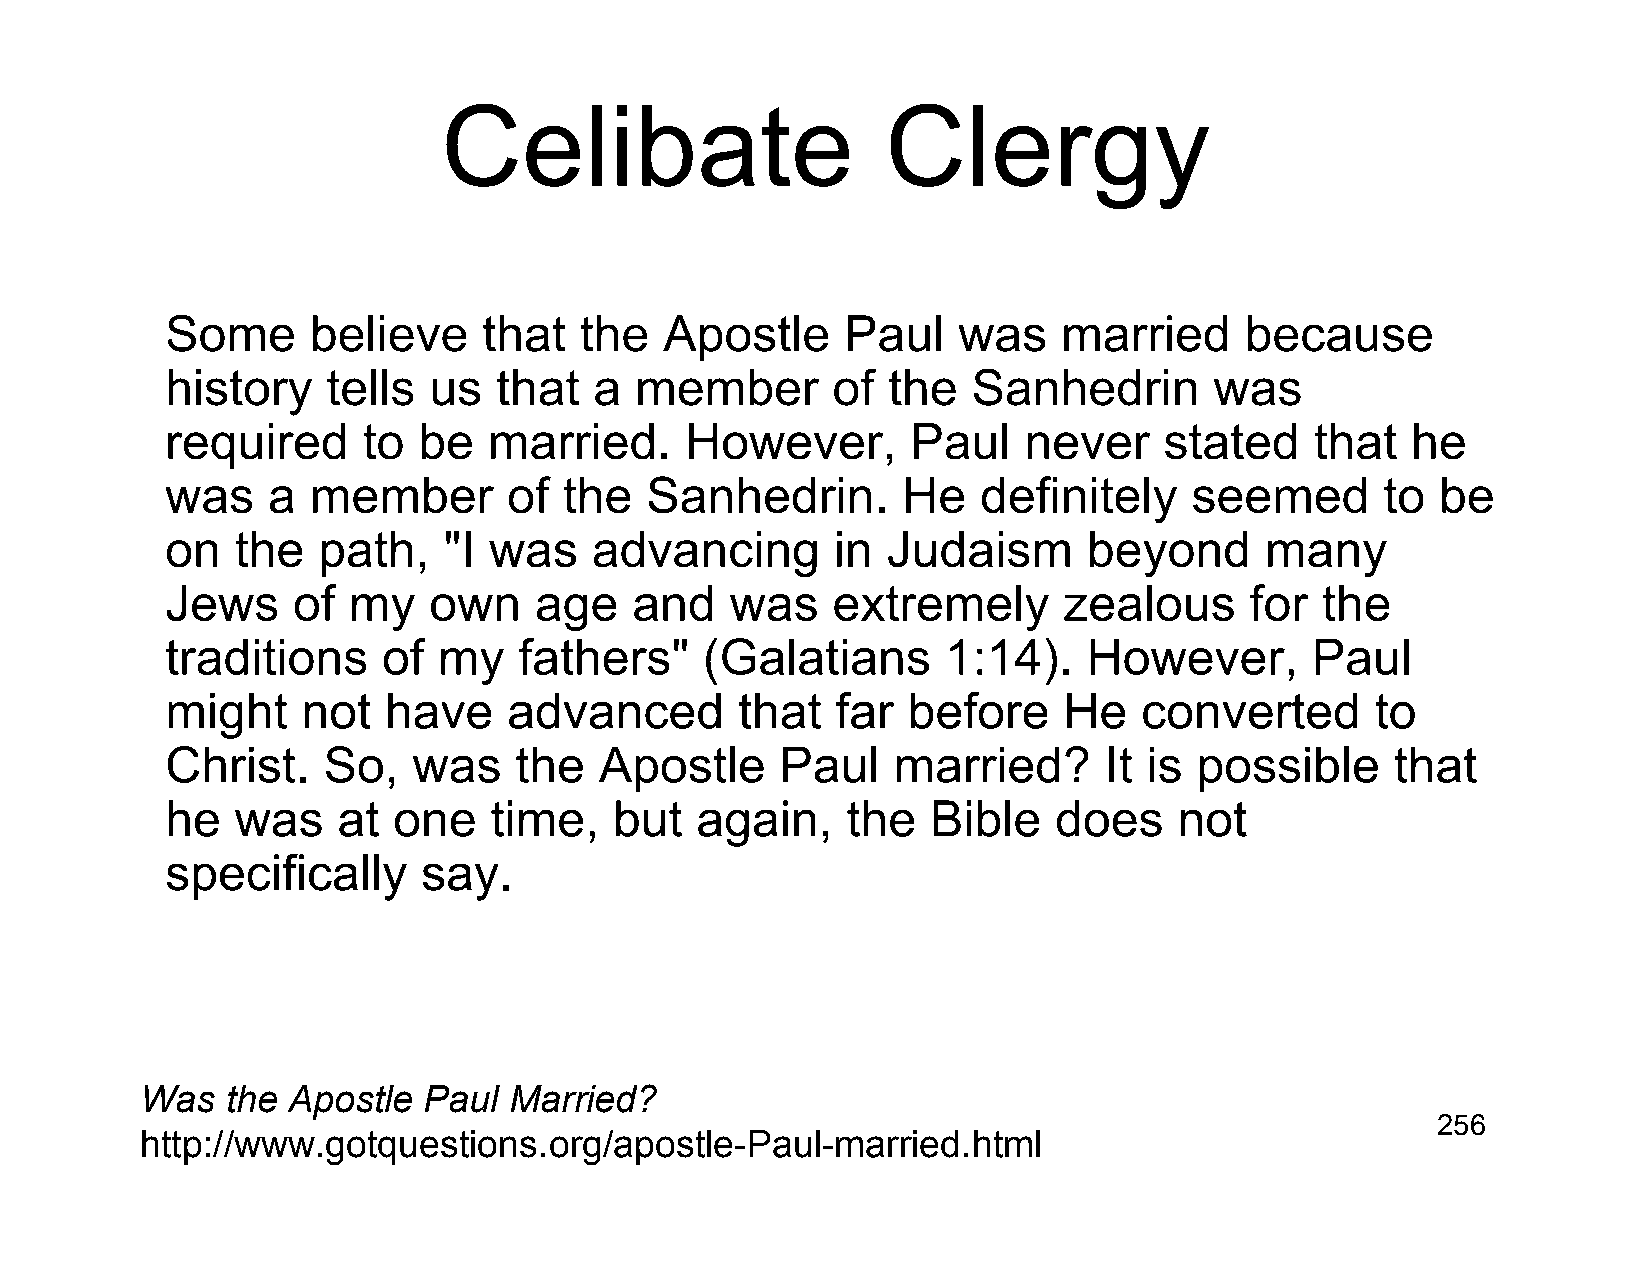
Celibate                      Clergy
 Some      believe    that  the   Apostle     Paul   was    married     because
 history    tells us   that  a  member       of  the  Sanhedrin       was
 required     to  be  married.     However,       Paul    never    stated    that  he
 was    a member        of the   Sanhedrin.       He   definitely    seemed       to be
 on   the  path,   "I was    advancing       in  Judaism      beyond      many
 Jews    of  my   own    age    and   was    extremely      zealous      for the
 traditions    of  my   fathers"     (Galatians      1:14).   However,       Paul
 might    not  have     advanced       that  far  before    He    converted      to
 Christ.   So,   was    the   Apostle     Paul   married?      It is possible     that
 he   was   at  one   time,    but  again,    the   Bible   does    not
 specifically     say.
 Was   the Apostle  Paul  Married?
 256
 http://www.gotquestions.org/apostle-Paul-married.html